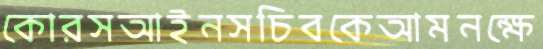
কোরসআইনসচিবকেআমনক্ষে